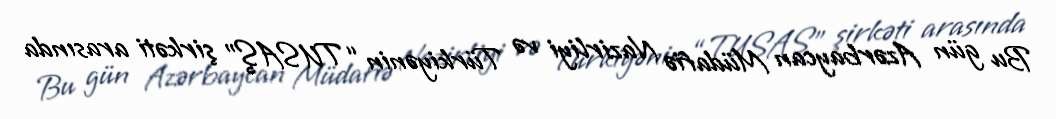
Bu gün Azərbaycan Müdafiə Nazirliyi və Türkiyənin “TUSAŞ” şirkəti arasında